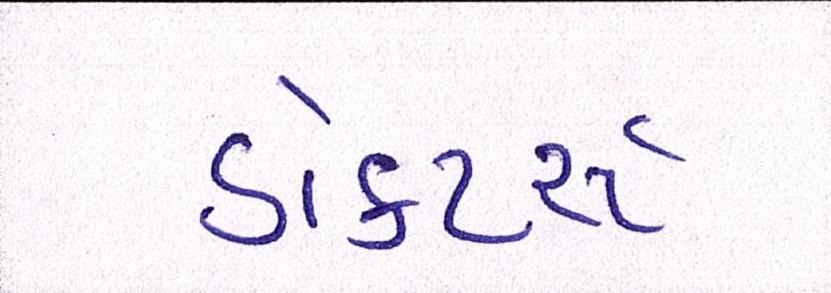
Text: ડૉક્ટર્સ